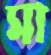
মা